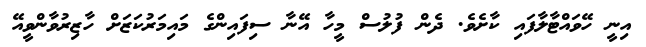
އިނީ ހޭވައްޓާލާފައި ކާށެވެ. ދެން ފުލުސް މީހާ އޭނާ ސިފައިންގެ މައިމަރުކަޒަށް ހާޒިރުވާންވީއޭ